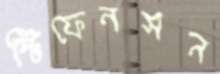
স্টিফেনসন